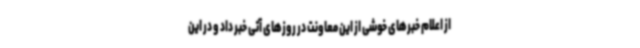
از اعلام خبرهای خوشی از این معاونت در روزهای آتی خبر داد و در این